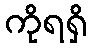
ကိုရရှိ